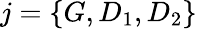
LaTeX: j=\{ G,D_{1},D_{2}\}